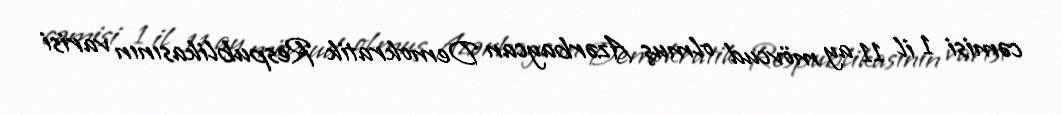
cəmisi 1 il 11 ay mövcud olmuş Azərbaycan Demokratik Respublikasının varisi